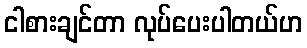
ငါစားချင်တာ လုပ်ပေးပါတယ်ဟ